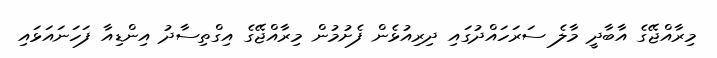
މިރާއްޖޭގެ އާބާދީ މާލެ ސަރަހައްދުގައި ދިރިއުޅެން ފެށުމުން މިރާއްޖޭގެ އިގްތިސާދު އިންޑިއާ ފަހަނައަޅައި